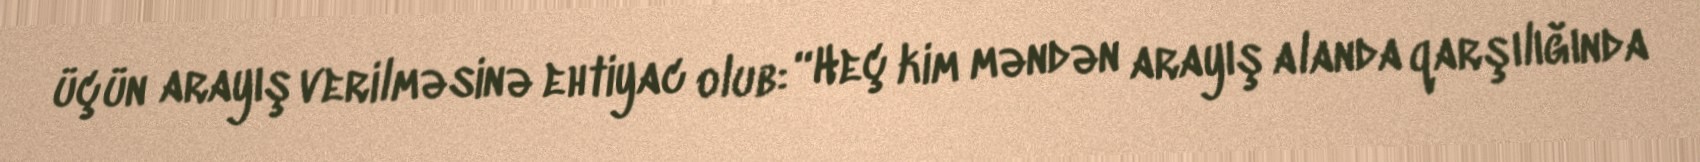
üçün arayış verilməsinə ehtiyac olub: “Heç kim məndən arayış alanda qarşılığında